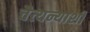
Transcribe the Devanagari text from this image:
चैत्यन्याशी